Kambja_algkool, lk 123
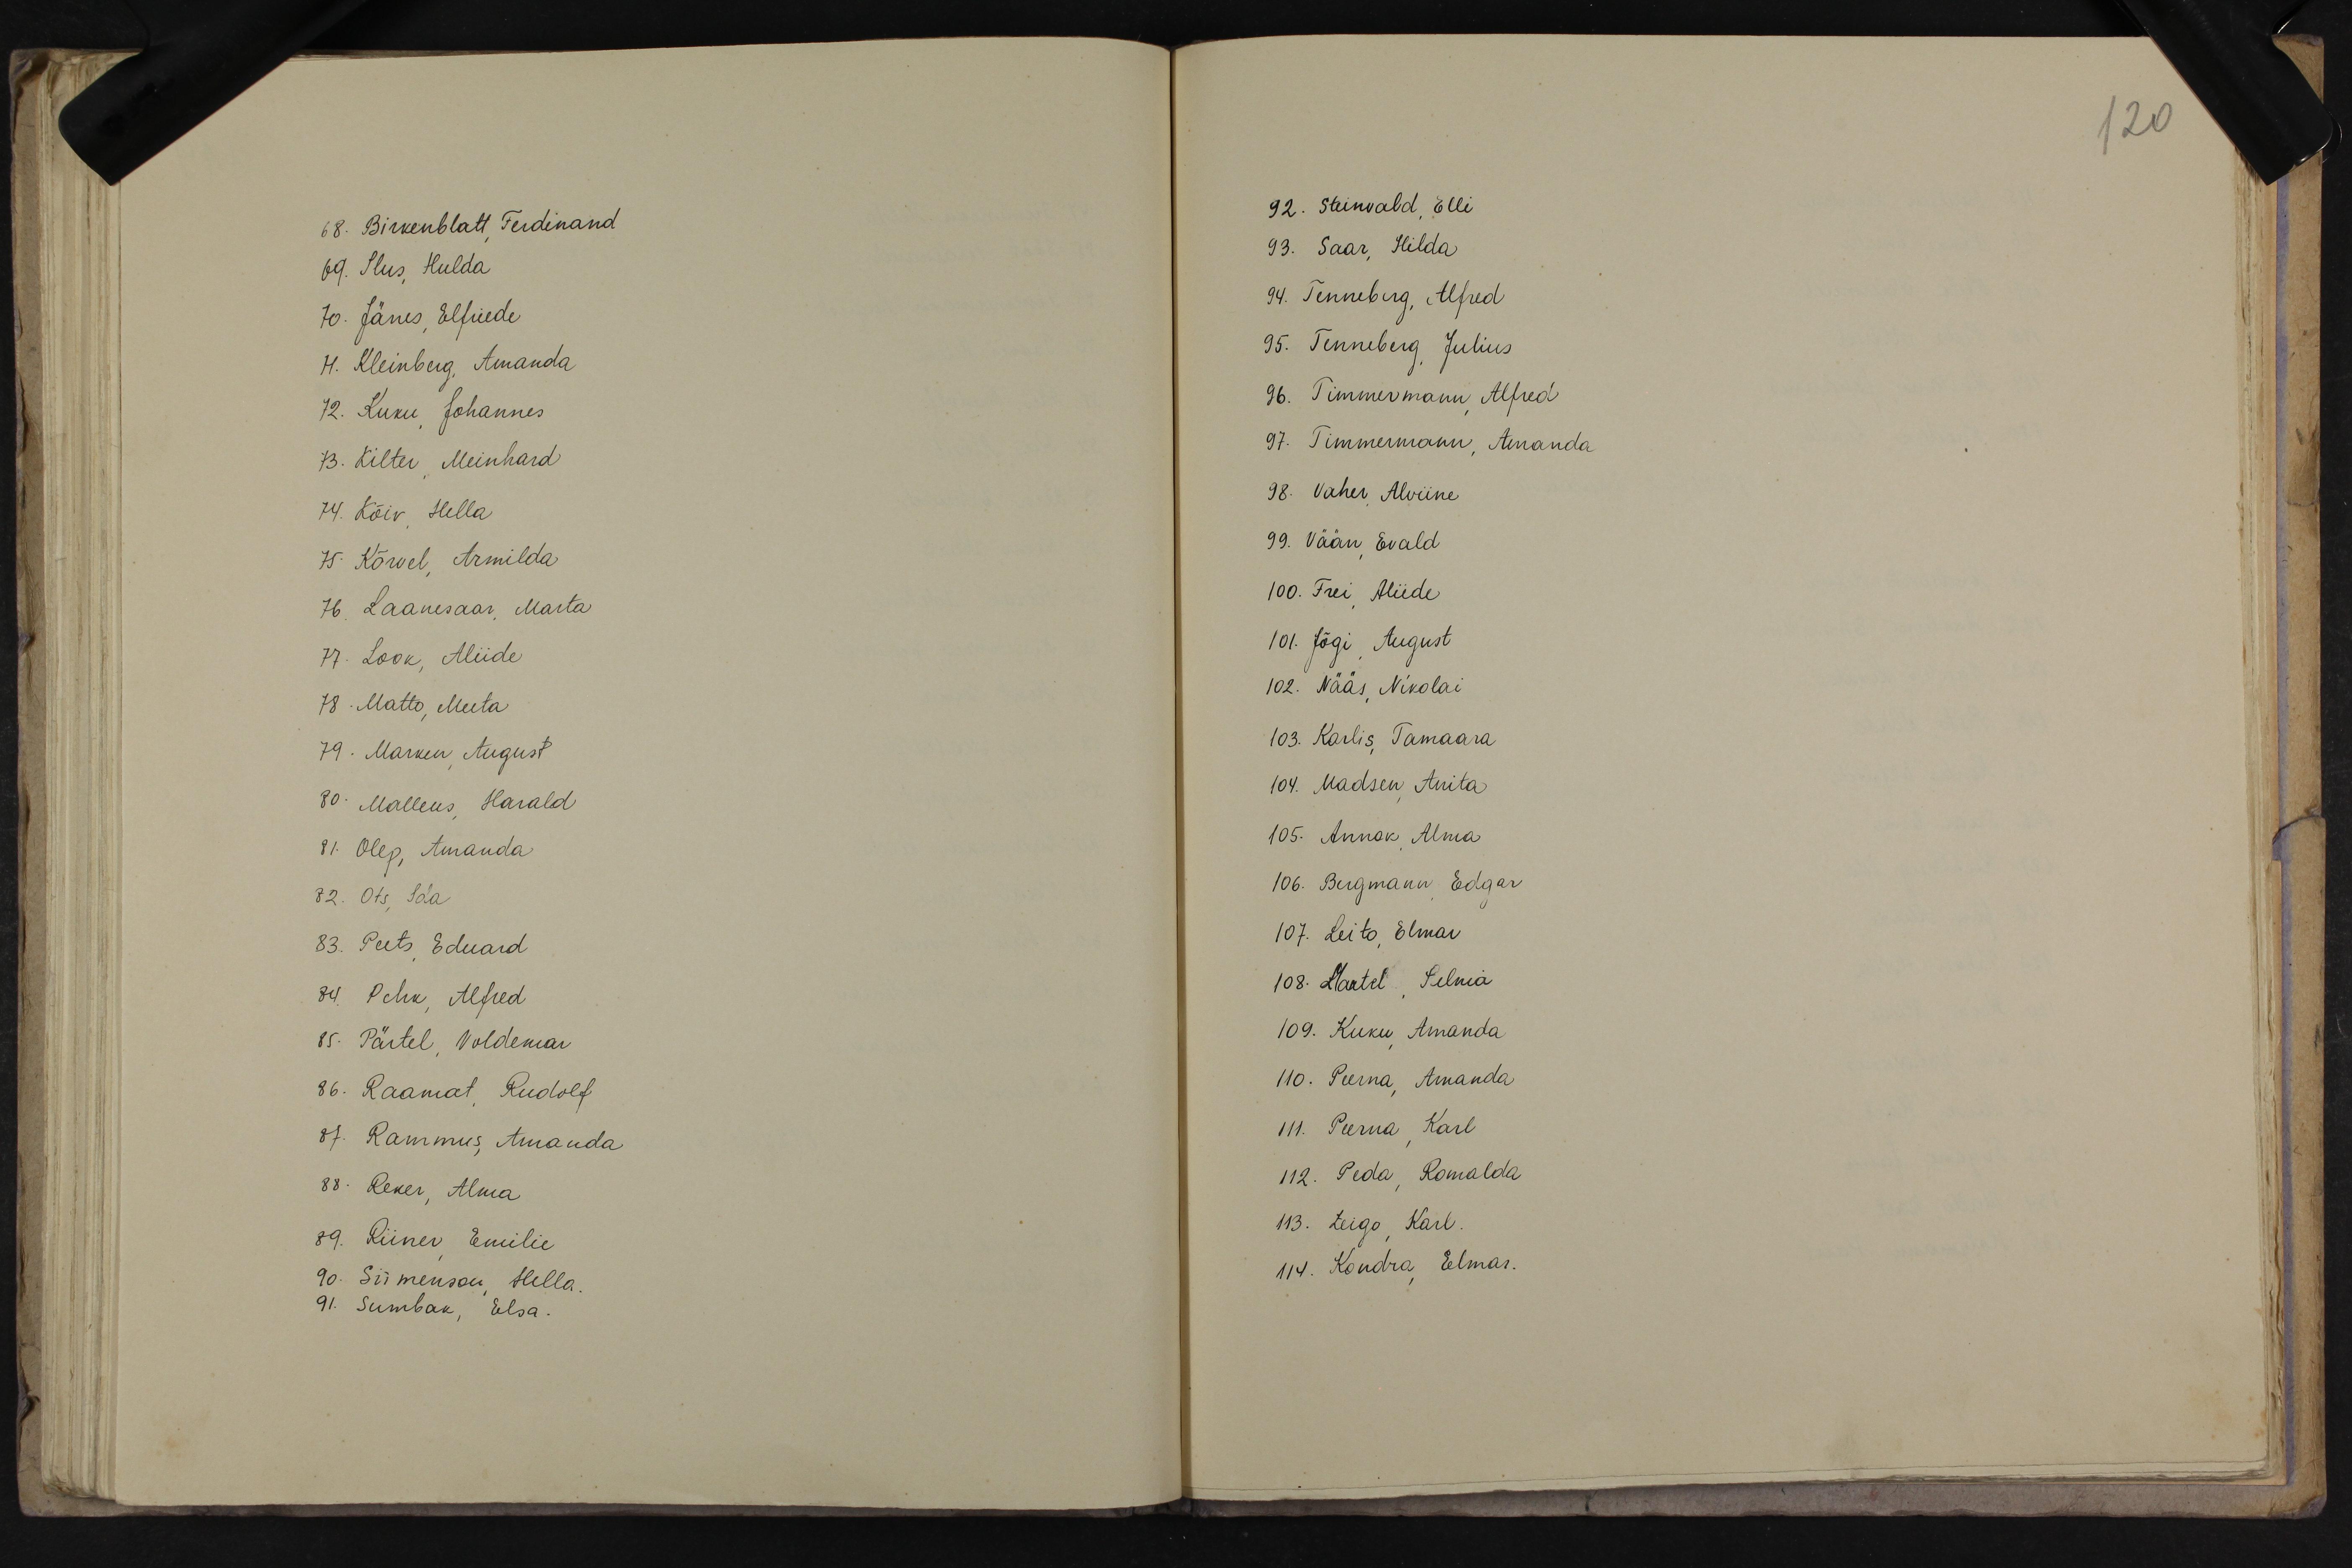
120

68. Birkenblatt, Ferdinand
69. Ilus, Hulda
70. Jänes, Elfriede
71. Kleinberg, Amanda
72. Kuku, Johannes
B. Kilter, Meinhard
74. Kõiv, Hella
75. Kõrvel, Armilda
76. Laanesaar, Marta
77. Look, Aliide
78. Matto, Meeta
79. Marken, August
80. Malleus, Harald
81. Olep, Amanda
82. Ots, Ida
83. Peets, Eduard
84. Pehk, Alfred
85. Pärtel, Voldemar
86. Raamat, Rudolf
87. Rammus, Amanda
88. Reker, Alma
89. Riiner, Emilie
90. Siimenson, Hella
91. Sumbak, Elsa.

92. Steinvald, Elli
93. Saar, Hilda
94. Tenneberg, Alfred
95. Tenneberg, Julius
96. Timmermann, Alfred
97. Timmermann, Amanda
98. Vaher, Alviine
99. Vään, Evald
100. Frei, Aliide
101. Jõgi, August
102. Nääs, Nikolai
103. Karlis, Tamaara
104. Madsen, Anita
105. Annok, Alma
106. Bergmann, Edgar
107. Leito, Elmar
108. Laatel, Selma
109. Kuku, Amanda
110. Peerna, Amanda
111. Peerna, Karl
112. Peda, Romalda
113. Leigo, Karl.
114. Kondra, Elmar.